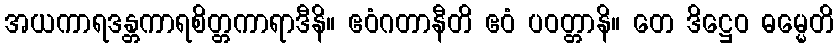
အယကာရဒန္တကာရစိတ္တကာရာဒီနိ။ ဧဝံဂတာနီတိ ဧဝံ ပဝတ္တာနိ။ တေ ဒိဋ္ဌေဝ ဓမ္မေတိ